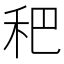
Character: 𥝧